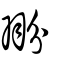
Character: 翂